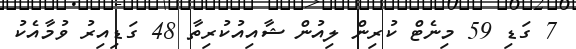
7 ގަޑި 59 މިނެޓް ކުރިން ލިއުން ޝާއިއުކުރިތާ 48 ގަޑިއިރު ވުމާއެކު